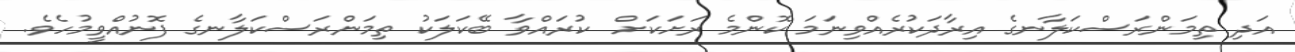
އަދި ތިމަންރަސްކަލާނގެ އިރާދަކުރެއްވިނަމަ ކޮންމެ ރަށަކަށް  ކުރައްވާ ބޭކަލަކު ތިމަންރަސްކަލާނގެ ފޮނުއްވީމުހެވެ.